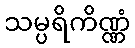
သမ္ပရိကိဏ္ဏံ